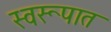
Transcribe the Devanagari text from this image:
स्‍वरूपात